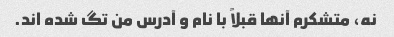
نه، متشکرم آنها قبلاً با نام و آدرس من تگ شده اند.